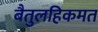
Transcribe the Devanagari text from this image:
बैतुलहिकमत